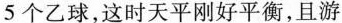
5个乙球，这时天平刚好平衡，且游